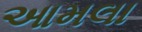
આમલા